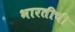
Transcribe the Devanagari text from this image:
भारतीची